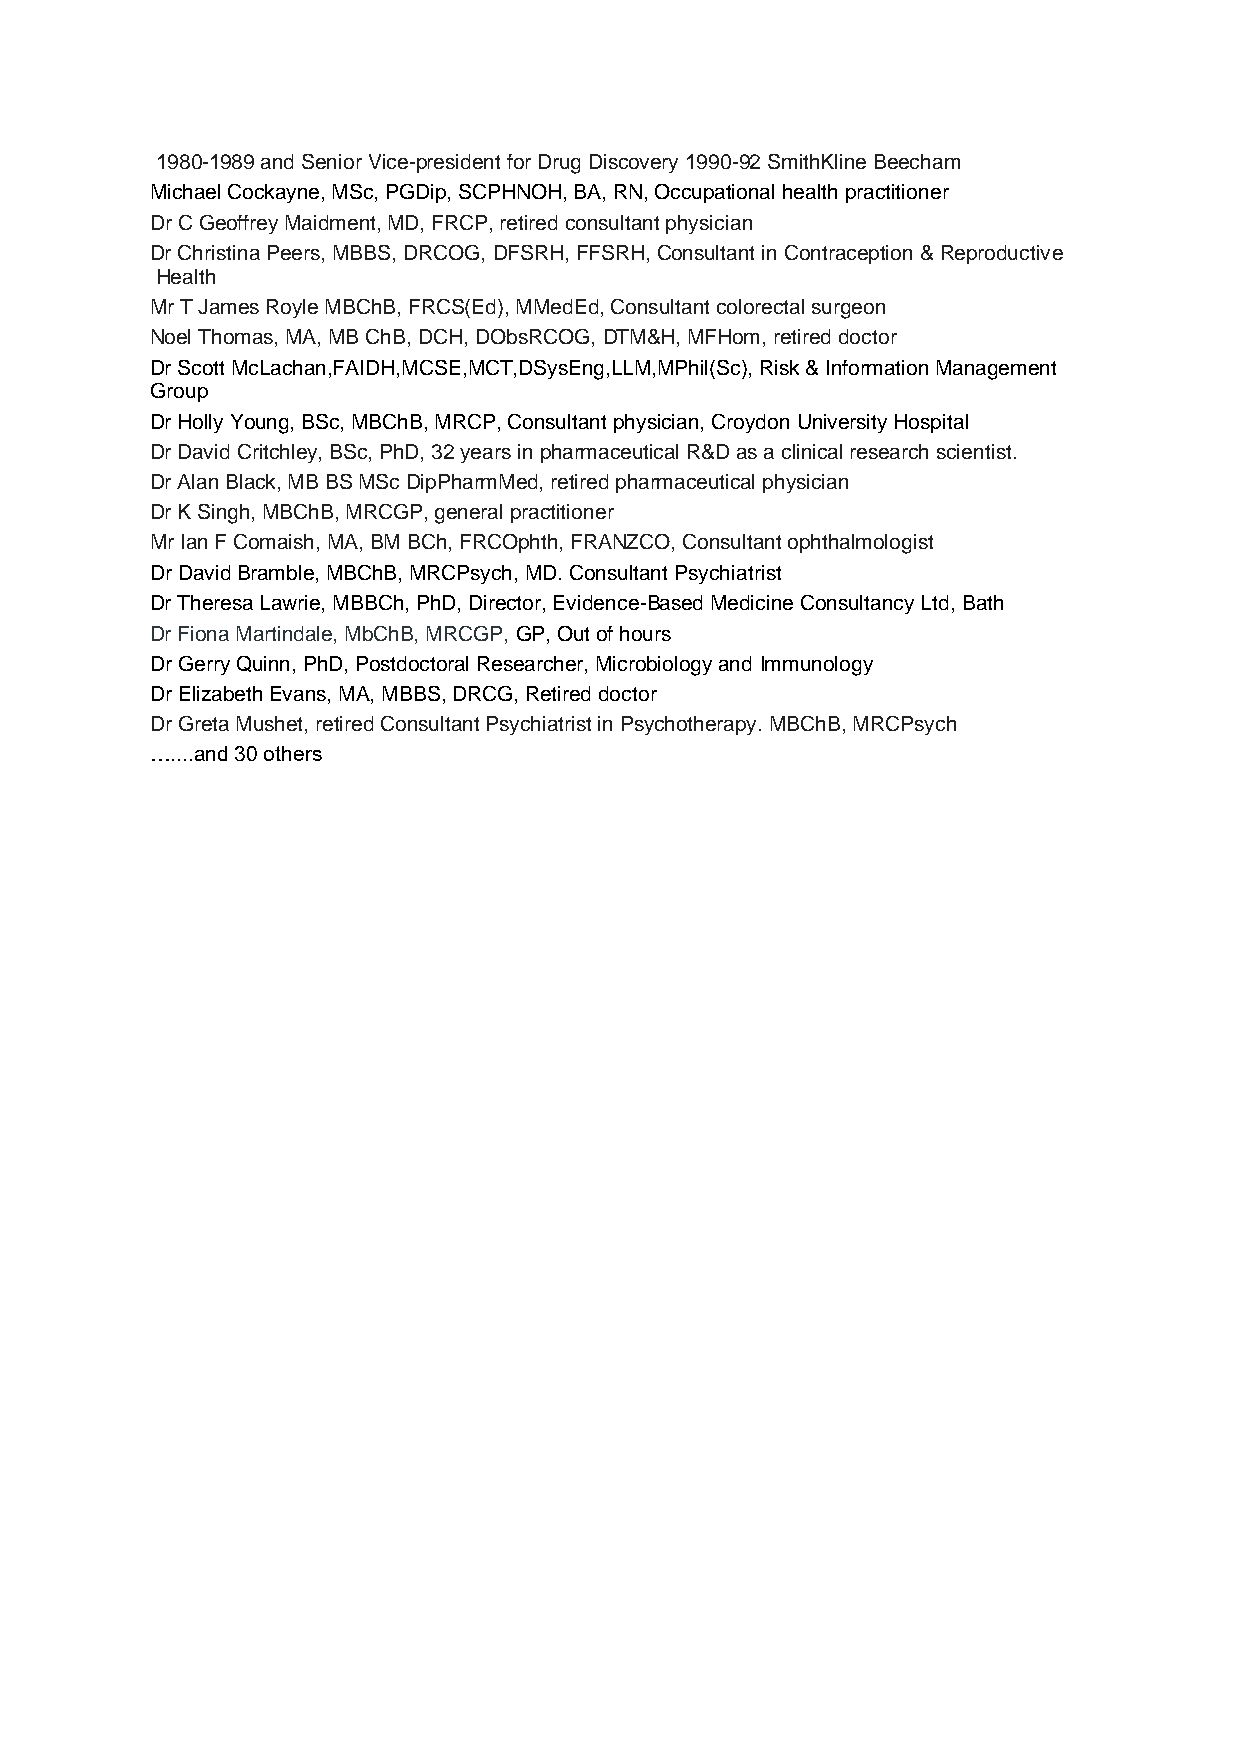
1980-1989 and Senior Vice-president for Drug Discovery 1990-92 SmithKline Beecham
 Michael Cockayne, MSc, PGDip, SCPHNOH, BA, RN, Occupational health practitioner
 Dr C Geoffrey Maidment, MD, FRCP, retired consultant physician
 Dr Christina Peers, MBBS, DRCOG, DFSRH, FFSRH, Consultant in Contraception & Reproductive
 Health
 Mr T James Royle MBChB, FRCS(Ed), MMedEd, Consultant colorectal surgeon
 Noel Thomas, MA, MB ChB, DCH, DObsRCOG, DTM&H, MFHom, retired doctor
 Dr Scott McLachan,FAIDH,MCSE,MCT,DSysEng,LLM,MPhil(Sc), Risk & Information Management
 Group
 Dr Holly Young, BSc, MBChB, MRCP, Consultant physician, Croydon University Hospital
 Dr David Critchley, BSc, PhD, 32 years in pharmaceutical R&D as a clinical research scientist.
 Dr Alan Black, MB BS MSc DipPharmMed, retired pharmaceutical physician
 Dr K Singh, MBChB, MRCGP, general practitioner
 Mr Ian F Comaish, MA, BM BCh, FRCOphth, FRANZCO, Consultant ophthalmologist
 Dr David Bramble, MBChB, MRCPsych, MD. Consultant Psychiatrist
 Dr Theresa Lawrie, MBBCh, PhD, Director, Evidence-Based Medicine Consultancy Ltd, Bath
 Dr Fiona Martindale, MbChB, MRCGP, GP, Out of hours
 Dr Gerry Quinn, PhD, Postdoctoral Researcher, Microbiology and Immunology
 Dr Elizabeth Evans, MA, MBBS, DRCG, Retired doctor
 Dr Greta Mushet, retired Consultant Psychiatrist in Psychotherapy. MBChB, MRCPsych
 …....and 30 others